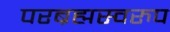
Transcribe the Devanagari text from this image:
परब्रह्मस्वरुप